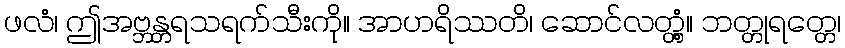
ဖလံ၊ ဤအဗ္ဘန္တရသရက်သီးကို။ အာဟရိဿတိ၊ ဆောင်လတ္တံ့။ ဘတ္တုရတ္တေ၊